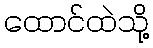
ထောင်ထဲသို့